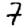
Digit: 7